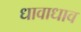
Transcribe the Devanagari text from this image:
धावाधाव